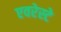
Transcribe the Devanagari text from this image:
एवरेस्‍टे